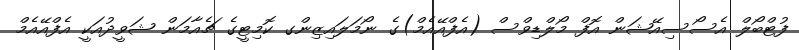
ފުޓްބޯލް އެސޯސިއޭޝަން އޮފް މޯލްޑިވްސް (އެފްއޭއެމް)ގެ ނޯމަލައިޒިންގ ކޮމިޓީގެ ޗެއާމަން ޝަވީދުއަކީ އެފްއޭއެމް